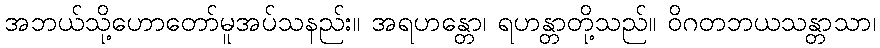
အဘယ်သို့ဟောတော်မူအပ်သနည်း။ အရဟန္တော၊ ရဟန္တာတို့သည်။ ဝိဂတဘယသန္တာသာ၊